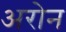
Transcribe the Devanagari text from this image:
अरोन